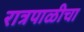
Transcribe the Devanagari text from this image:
रात्रपाळीचा